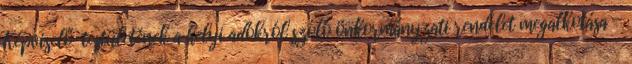
Képviselő-testületének a helyi adókról szóló önkormányzati rendelet megalkotása -